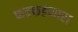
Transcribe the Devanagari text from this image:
फडफडणारा